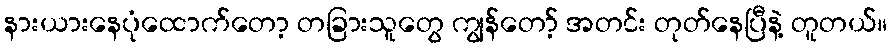
နားယားနေပုံထောက်တော့ တခြားသူတွေ ကျွန်တော့် အတင်း တုတ်နေပြီနဲ့ တူတယ်။